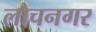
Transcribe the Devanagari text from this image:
लोचनगर